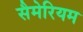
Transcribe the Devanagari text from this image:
सैमेरियम